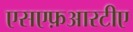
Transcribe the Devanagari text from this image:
एसएफ़आरटीए